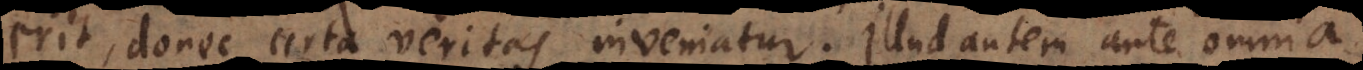
erit, donec certa veritas inveniatur. Illud autem ante omnia